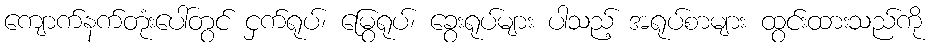
ကျောက်နက်တုံးပေါ်တွင် ငှက်ရုပ်၊ မြွေရုပ်၊ ခွေးရုပ်များ ပါသည့် အရုပ်စာများ ထွင်းထားသည်ကို